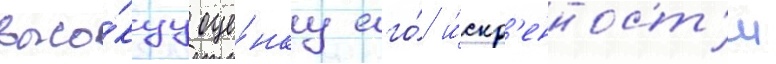
высо́куу оце́нку его́ и́скр'енност'и